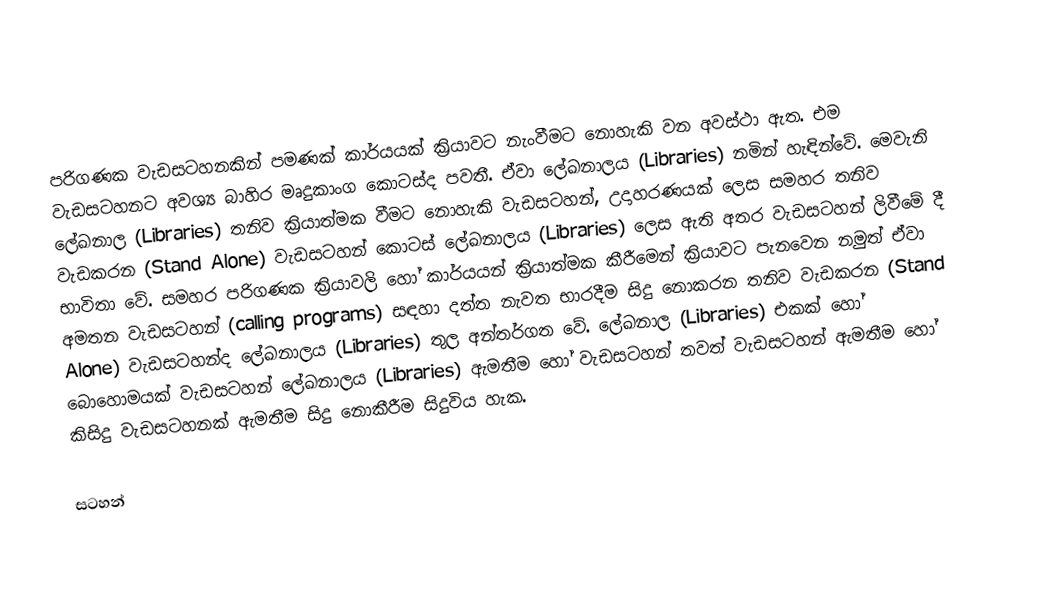
පරිගණක වැඩසටහනකින් පමණක් කාර්යයක් ක්‍රියාවට නැංවීමට නොහැකි වන අවස්ථා ඇත. එම වැඩසටහනට අවශ්‍ය බාහිර මෘදුකාංග කොටස්ද පවතී. ඒවා ලේඛනාලය (Libraries) නමින් හැඳින්වේ. මෙවැනි ලේඛනාල (Libraries)  තනිව ක්‍රියාත්මක වීමට නොහැකි වැඩසටහන්, උදාහරණයක් ලෙස සමහර තනිව වැඩකරන (Stand Alone) වැඩසටහන් කොටස් ලේඛනාලය (Libraries) ලෙස ඇති අතර වැඩසටහන් ලිවීමේ දී භාවිතා වේ. සමහර පරිගණක ක්‍රියාවලි හෝ කාර්යයන් ක්‍රියාත්මක කීරීමෙන් ක්‍රියාවට පැනවෙන නමුත් ඒවා අමතන වැඩසටහන් (calling programs) සඳහා දත්ත නැවත භාරදීම සිදු නොකරන  තනිව වැඩකරන (Stand Alone) වැඩසටහන්ද ලේඛනාලය (Libraries) තුල අන්තර්ගත වේ. ලේඛනාල (Libraries) එකක් හෝ බොහොමයක් වැඩසටහන් ලේඛනාලය (Libraries) ඇමතීම හෝ වැඩසටහන් තවත් වැඩසටහන් ඇමතීම හෝ කිසිදු වැඩසටහනක් ඇමතීම සිදු නොකීරීම සිදුවිය හැක.

සටහන්